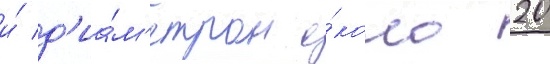
и́ д'иа́м'етром о́коло 20